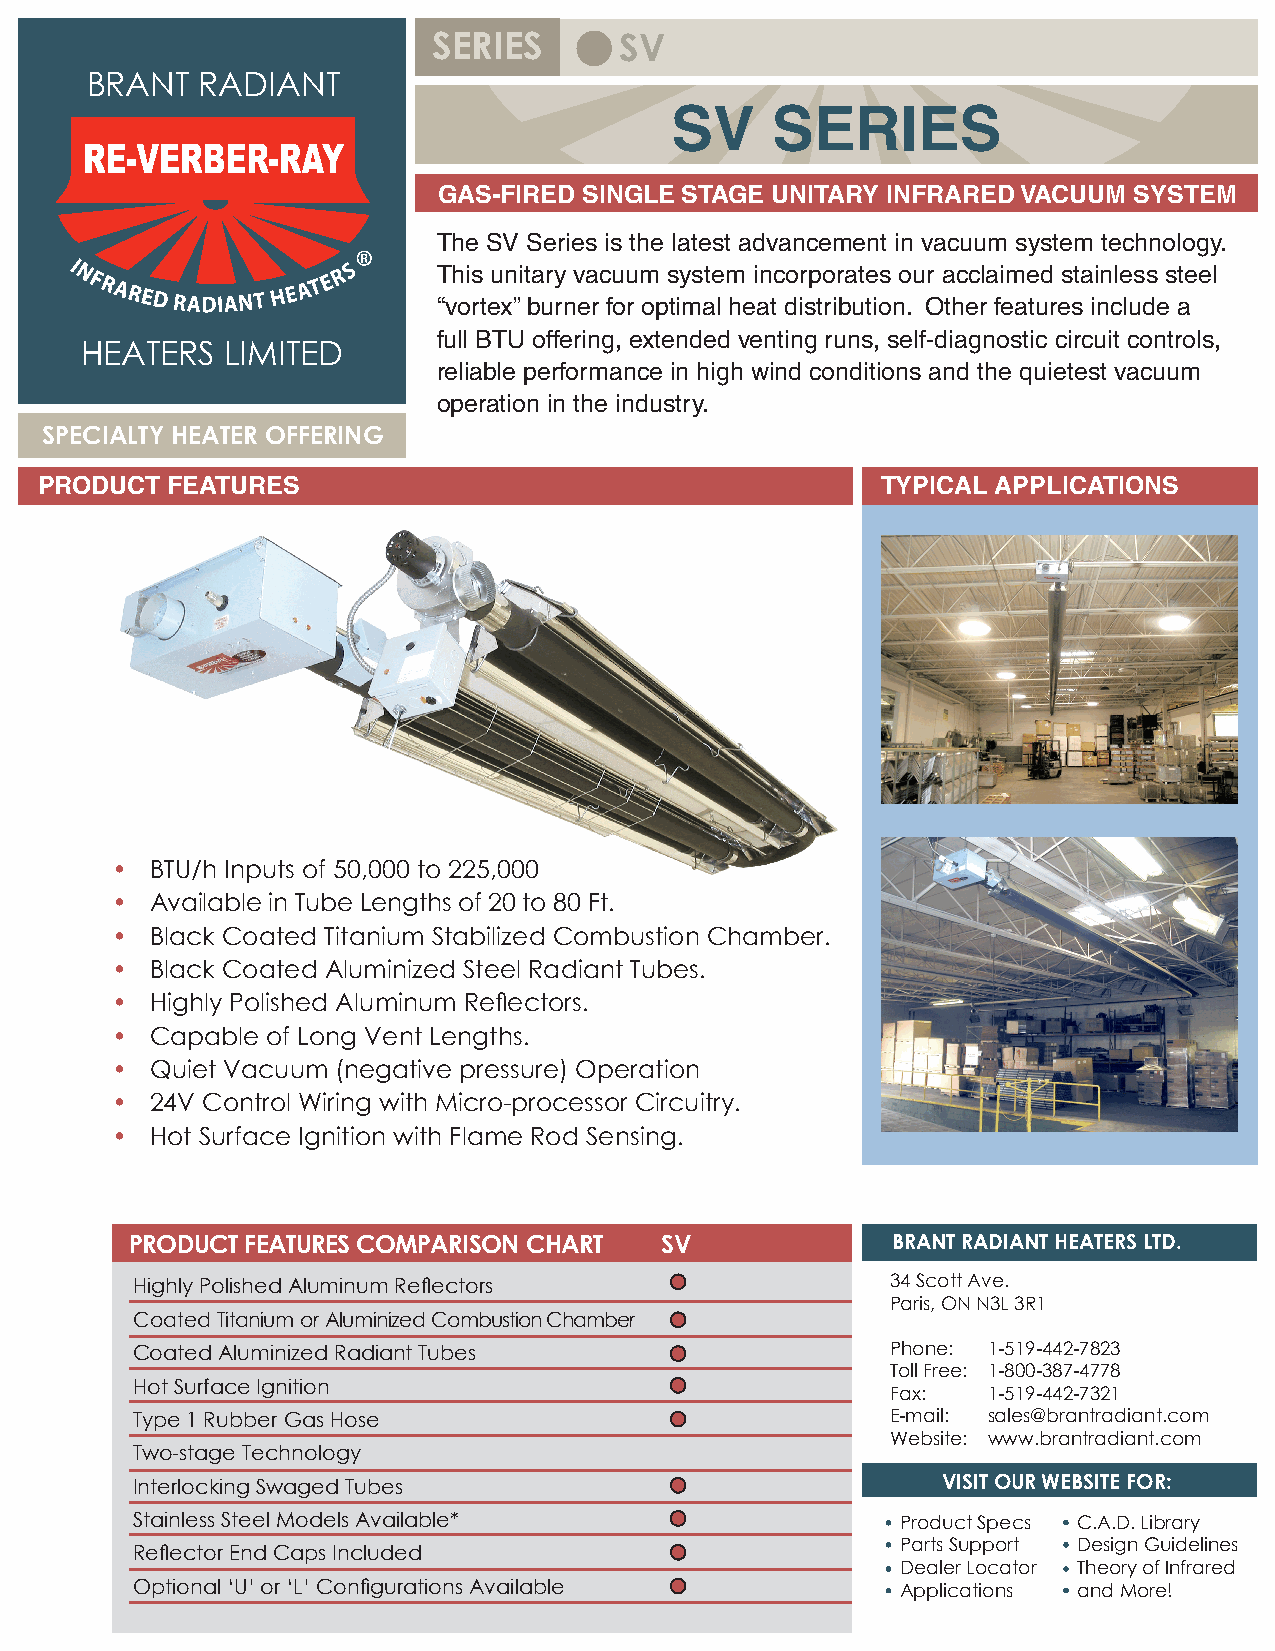
SERIES      SV
 BRANT  RADIANT
 SV     SERIES
 GAS-FIRED SINGLE STAGE UNITARY INFRARED VACUUM SYSTEM
 The SV Series is the latest advancement in vacuum system technology.
 This unitary vacuum system incorporates our acclaimed stainless steel
 “vortex” burner for optimal heat distribution. Other features include a
 full BTU offering, extended venting runs, self-diagnostic circuit controls,
 HEATERS   LIMITED
 reliable performance in high wind conditions and the quietest vacuum
 operation in the industry.
 SPECIALTY HEATER OFFERING
 PRODUCT  FEATURES                                       TYPICAL APPLICATIONS
 •  BTU/h Inputs of 50,000 to 225,000
 •  Available in Tube Lengths of 20 to 80 Ft.
 •  Black Coated Titanium Stabilized Combustion Chamber.
 •  Black Coated Aluminized Steel Radiant Tubes.
 •  Highly Polished Aluminum Reflectors.
 •  Capable of Long Vent Lengths.
 •  Quiet Vacuum (negative pressure) Operation
 •  24V Control Wiring with Micro-processor Circuitry.
 •  Hot Surface Ignition with Flame Rod Sensing.
 PRODUCT FEATURES COMPARISON CHART  SV             BRANT RADIANT HEATERS LTD.
 Highly Polished Aluminum Reflectors               34 Scott Ave.
 Paris, ON N3L 3R1
 Coated Titanium or Aluminized Combustion Chamber
 Coated Aluminized Radiant Tubes                   Phone: 1-519-442-7823
 Toll Free: 1-800-387-4778
 Hot Surface Ignition
 Fax:  1-519-442-7321
 Type 1 Rubber Gas Hose                            E-mail: sales@brantradiant.com
 Website: www.brantradiant.com
 Two-stage Technology
 Interlocking Swaged Tubes                            VISIT OUR WEBSITE FOR:
 Stainless Steel Models Available*                  Product Specs C.A.D. Library
 Parts Support Design Guidelines
 Reflector End Caps Included
 Dealer Locator Theory of Infrared
 Optional ‘U’ or ‘L’ Configurations Available       Applications and More!